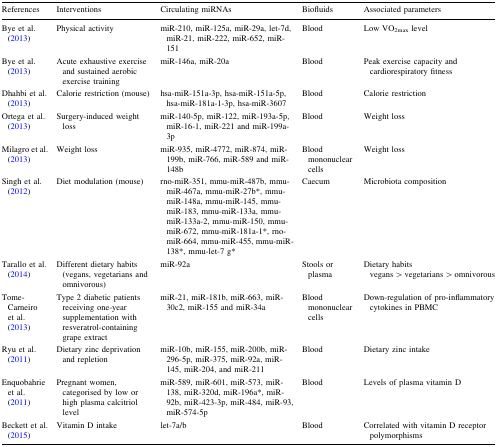
<table><thead><tr><td><b>References</b></td><td><b>Interventions</b></td><td><b>Circulating miRNAs</b></td><td><b>Biofluids</b></td><td><b>Associated parameters</b></td></tr></thead><tbody><tr><td>Bye et al. (2013)</td><td>Physical activity</td><td>miR-210, miR-125a, miR-29a, let-7d, miR-21, miR-222, miR-652, miR-151</td><td>Blood</td><td>Low VO<sub>2max</sub> level</td></tr><tr><td>Bye et al. (2013)</td><td>Acute exhaustive exercise and sustained aerobic exercise training</td><td>miR-146a, miR-20a</td><td>Blood</td><td>Peak exercise capacity and cardiorespiratory fitness</td></tr><tr><td>Dhahbi et al. (2013)</td><td>Calorie restriction (mouse)</td><td>hsa-miR-151a-3p, hsa-miR-151a-5p, hsa-miR-181a-1-3p, hsa-miR-3607</td><td>Blood</td><td>Calorie restriction</td></tr><tr><td>Ortega et al. (2013)</td><td>Surgery-induced weight loss</td><td>miR-140-5p, miR-122, miR-193a-5p, miR-16-1, miR-221 and miR-199a-3p</td><td>Blood</td><td>Weight loss</td></tr><tr><td>Milagro et al. (2013)</td><td>Weight loss</td><td>miR-935, miR-4772, miR-874, miR-199b, miR-766, miR-589 and miR-148b</td><td>Blood mononuclear cells</td><td>Weight loss</td></tr><tr><td>Singh et al. (2012)</td><td>Diet modulation (mouse)</td><td>rno-miR-351, mmu-miR-487b, mmu-miR-467a, mmu-miR-27b*, mmu-miR-148a, mmu-miR-145, mmu-miR-183, mmu-miR-133a, mmu-miR-133a-2, mmu-miR-150, mmu-miR-672, mmu-miR-181a-1*, rno-miR-664, mmu-miR-455, mmu-miR-138*, mmu-let-7 g*</td><td>Caecum</td><td>Microbiota composition</td></tr><tr><td>Tarallo et al. (2014)</td><td>Different dietary habits (vegans, vegetarians and omnivorous)</td><td>miR-92a</td><td>Stools or plasma</td><td>Dietary habits vegans &gt; vegetarians &gt; omnivorous</td></tr><tr><td>Tome-Carneiro et al. (2013)</td><td>Type 2 diabetic patients receiving one-year supplementation with resveratrol-containing grape extract</td><td>miR-21, miR-181b, miR-663, miR-30c2, miR-155 and miR-34a</td><td>Blood mononuclear cells</td><td>Down-regulation of pro-inflammatory cytokines in PBMC</td></tr><tr><td>Ryu et al. (2011)</td><td>Dietary zinc deprivation and repletion</td><td>miR-10b, miR-155, miR-200b, miR-296-5p, miR-375, miR-92a, miR-145, miR-204, and miR-211</td><td>Blood</td><td>Dietary zinc intake</td></tr><tr><td>Enquobahrie et al. (2011)</td><td>Pregnant women, categorised by low or high plasma calcitriol level</td><td>miR-589, miR-601, miR-573, miR-138, miR-320d, miR-196a*, miR-92b, miR-423-3p, miR-484, miR-93, miR-574-5p</td><td>Blood</td><td>Levels of plasma vitamin D</td></tr><tr><td>Beckett et al. (2015)</td><td>Vitamin D intake</td><td>let-7a/b</td><td>Blood</td><td>Correlated with vitamin D receptor polymorphisms</td></tr></tbody></table>